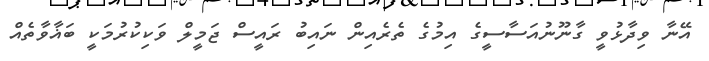
އޭނާ ވިދާޅުވީ ގާނޫނުއަސާސީގެ އިމުގެ ތެރެއިން ނައިބު ރައީސް ޖަމީލް ވަކިކުރުމަކީ ބަޣާވާތެއް